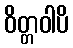
ဝိတ္တဝါပိ